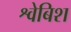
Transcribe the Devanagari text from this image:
श्वेबिश